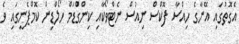
އެގޮތުގައި އޭނާގެ ހިއްސާ ފޮކްސް ނިއުސް ނެޓްވޯކާއި ކިންގްޑަމް ހޯލްޑިން ކޮމްޕެނީގައި ވެ